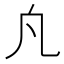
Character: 𭂫